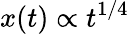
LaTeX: x(t)\propto t^{1/4}